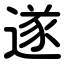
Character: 遂